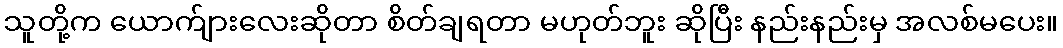
သူတို့က ယောက်ျားလေးဆိုတာ စိတ်ချရတာ မဟုတ်ဘူး ဆိုပြီး နည်းနည်းမှ အလစ်မပေး။